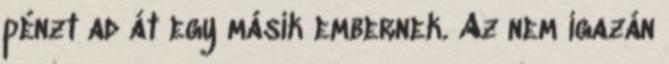
pénzt ad át egy másik embernek. Az nem igazán